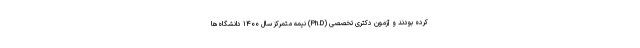
کرده بودند و آزمون دکتری تخصصی (Ph.D) نیمه متمرکز سال ۱۴۰۰ دانشگاه‌ها